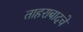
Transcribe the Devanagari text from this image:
ताहराबादचे